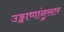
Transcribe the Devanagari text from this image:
उड्डाणांनुसार